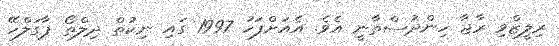
ރިލީޒްވި ރާޖާ ހިންދުސްތާނީ އެވެ. އެއަށްފަހު 1997 ގައި ނިކުތް ދިލްތޯ ޕާގަލްހޭ